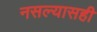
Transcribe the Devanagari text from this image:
नसल्यासही